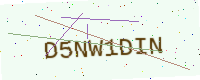
Text: D5NW1DIN